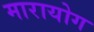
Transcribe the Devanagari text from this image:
मारायोग